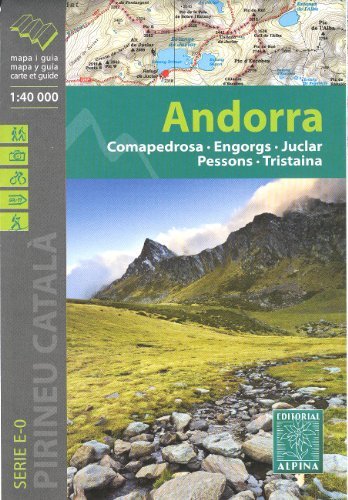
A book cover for Andorra (Pyrenees) 1:40,000 Hiking Map ALPINA, 2012 edition; Alpina; Travel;